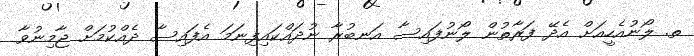
ތ. ލޯނުއެހީއަށް އެދޭ ފަރާތުން ލޯނުފައިސާ އަނބުރާ ނުދައްކައިފިނަމަ އެފައިސާ ދެއްކުމަށް ޖާމިނުވާ